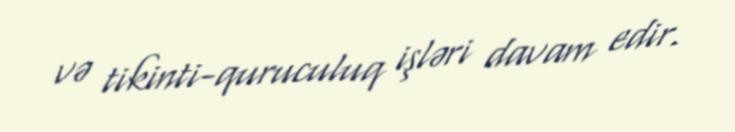
və tikinti-quruculuq işləri davam edir.